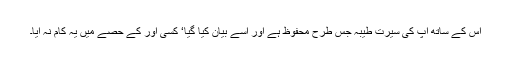
اس کے ساتھ آپ کی سیرت طیبہ جس طرح محفوظ ہے اور اسے بیان کیا گیا‘ کسی اور کے حصے میں یہ کام نہ آیا۔